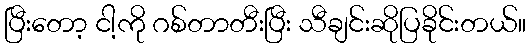
ပြီးတော့ ငါ့ကို ဂစ်တာတီးပြီး သီချင်းဆိုပြခိုင်းတယ်။